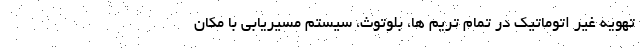
تهویه غیر اتوماتیک در تمام تریم ها، بلوتوث، سیستم مسیریابی با مکان